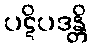
ပဋိပဒန္တိ